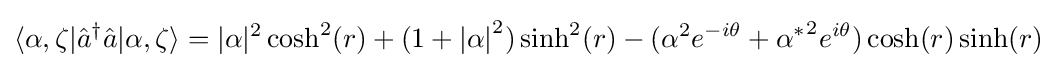
\langle \alpha ,\zeta |{\hat {a}}^{\dagger }{\hat {a}}|\alpha ,\zeta \rangle =|\alpha |^{2}\cosh ^{2}(r)+(1+{|\alpha |}^{2})\sinh ^{2}(r)-({\alpha }^{2}e^{-i\theta }+{\alpha ^{*}}^{2}e^{i\theta })\cosh(r)\sinh(r)